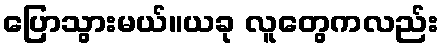
ပြောသွားမယ်။ယခု လူတွေကလည်း